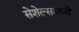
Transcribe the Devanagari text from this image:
सेशेल्समध्ये